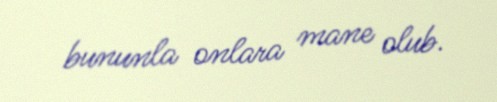
bununla onlara mane olub.